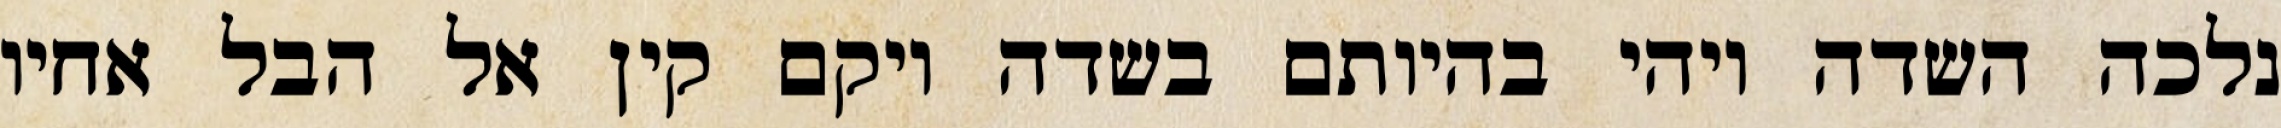
נלכה השדה ויהי בהיותם בשדה ויקם קין אל הבל אחיו